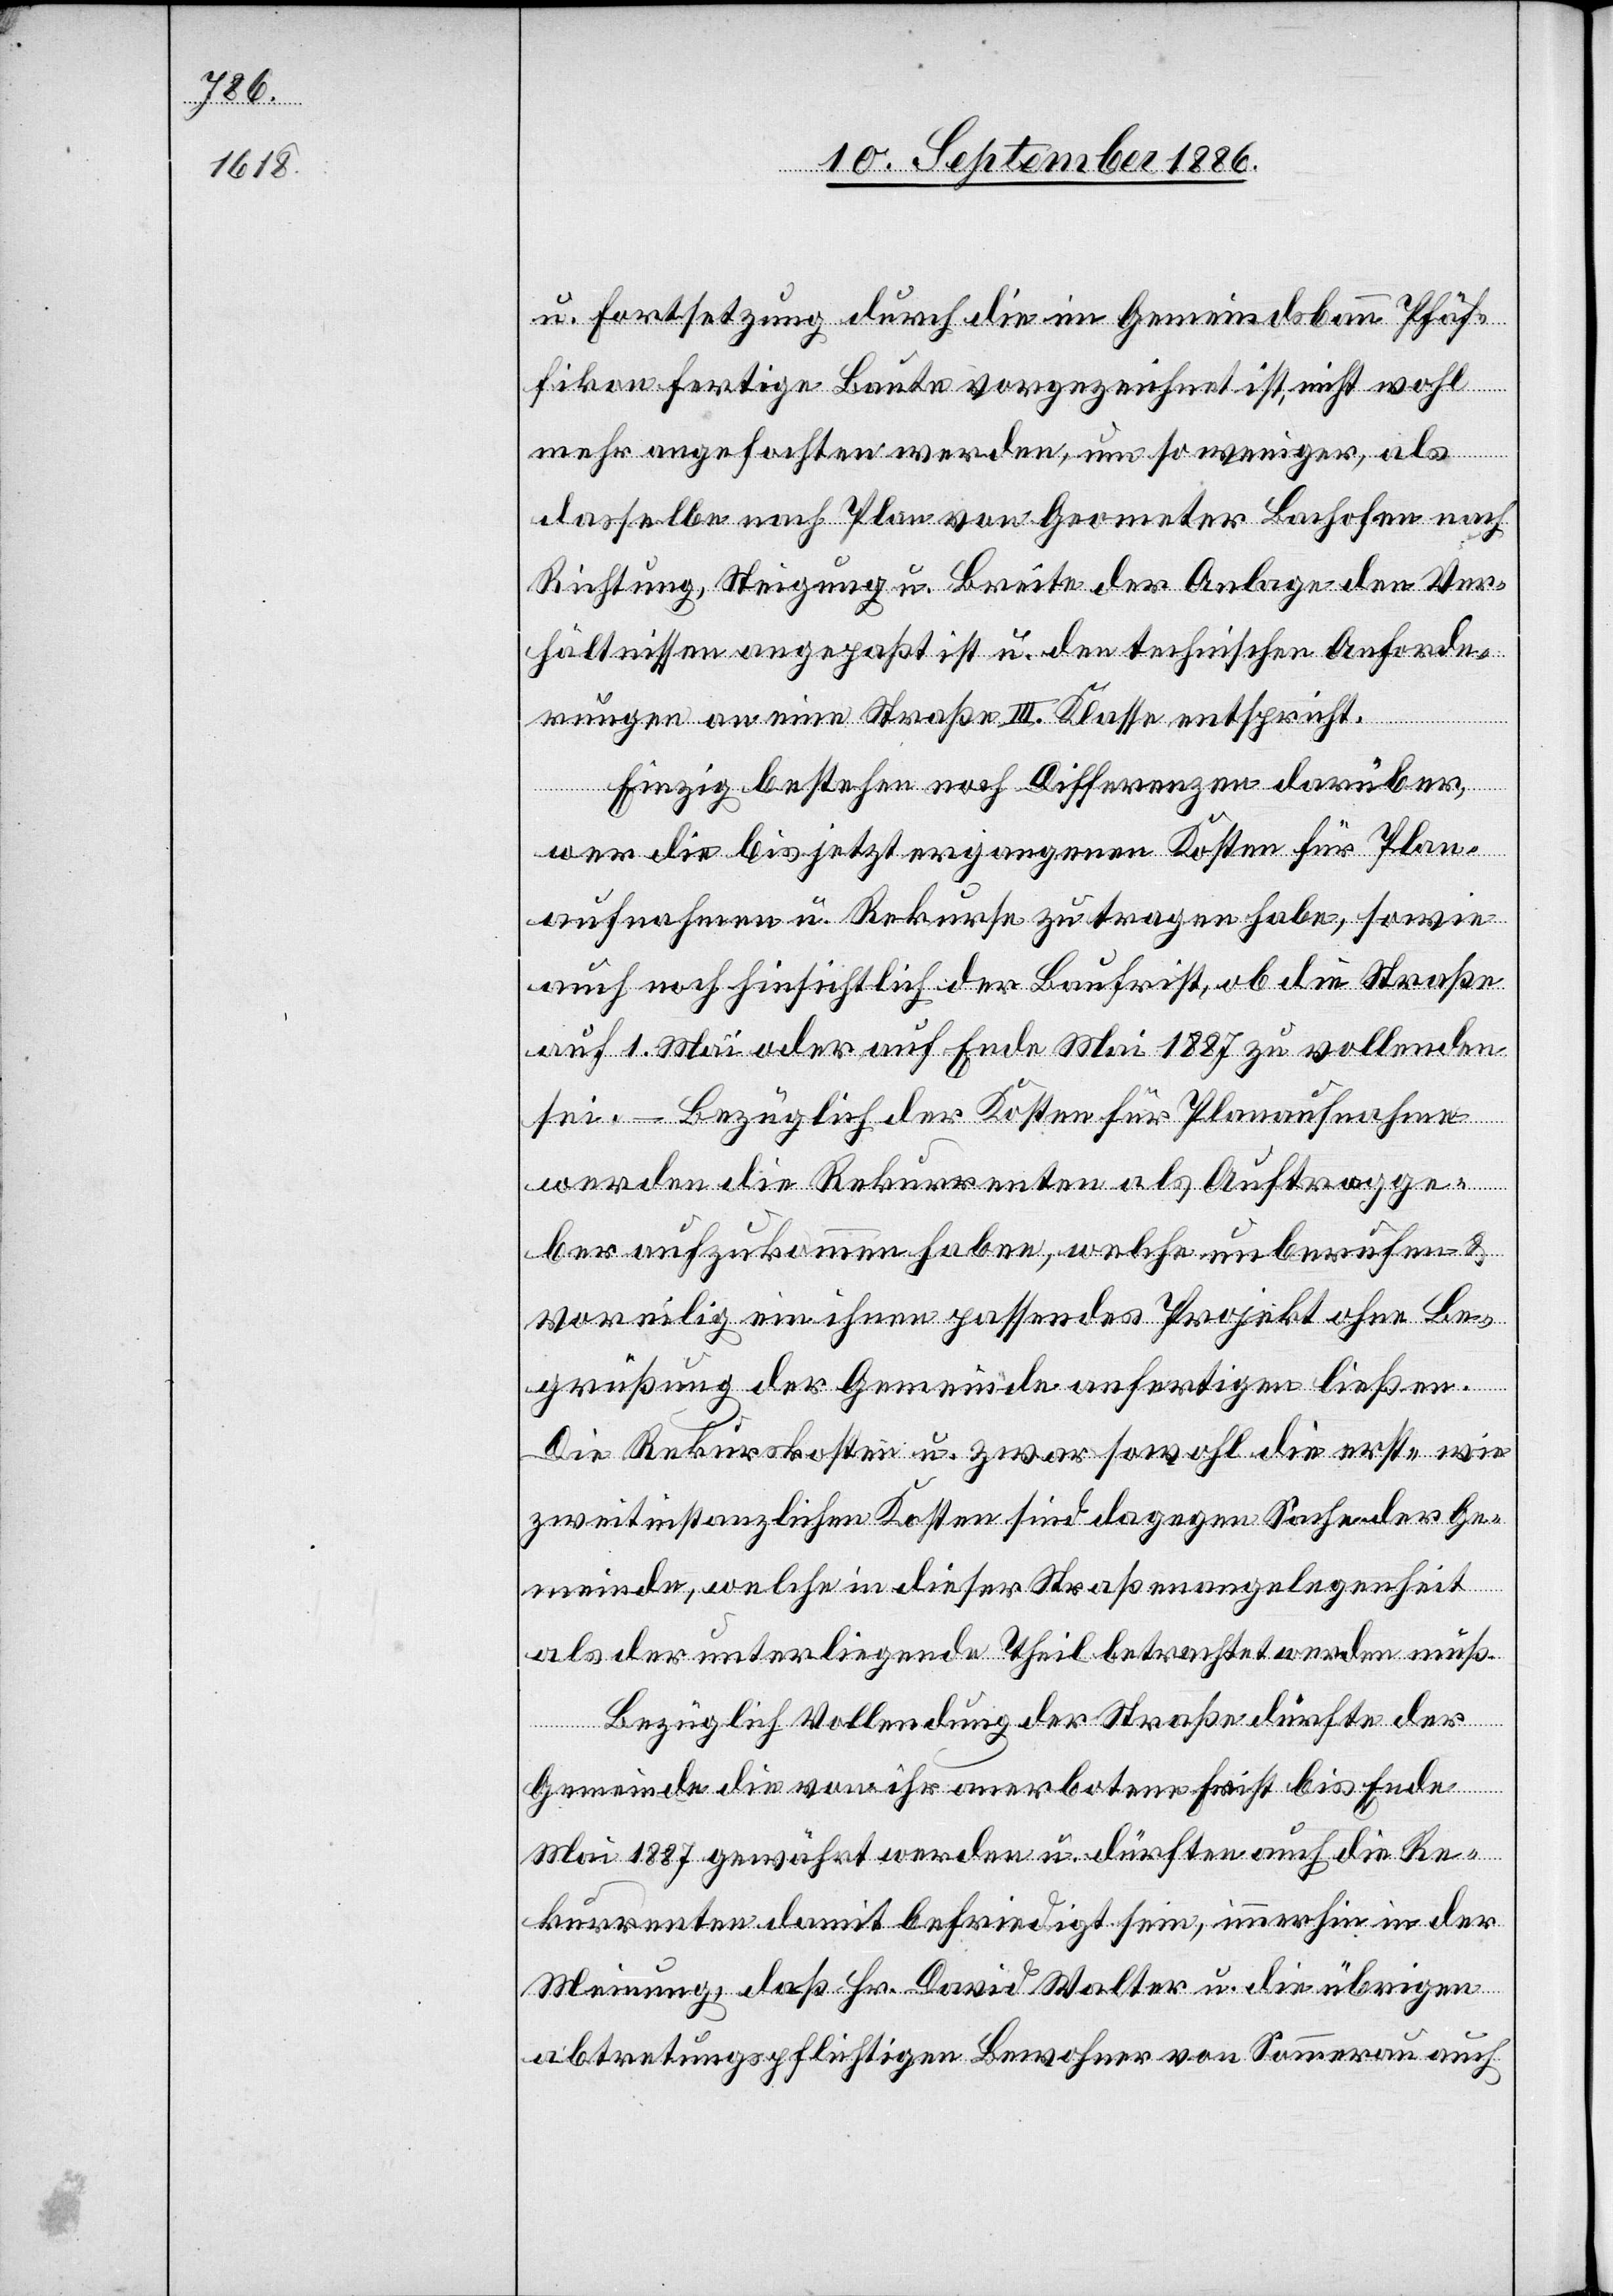
u. Fortsetzung durch die im Gemeindsbann Pfäf¬
fikon fertige Baute vorgezeichnet ist, nicht wohl
mehr angefochten werden, um so weniger, als
dasselbe nach Plan von Geometer Bachofen nach
Richtung, Steigung u. Breite der Anlage den Ver¬
hältnissen angepaßt ist u. den technischen Anforde¬
rungen an eine Straße III. Klasse entspricht.
Einzig bestehen noch Differenzen darüber,
wer die bis jetzt ergangenen Kosten für Plan¬
aufnahmen u. Rekurse zu tragen habe, sowie
auch noch hinsichtlich der Baufrist, ob die Straße
auf 1. Mai oder auf Ende Mai 1887 zu vollenden
sei. – Bezüglich der Kosten für Planfaufnahme
werden die Rekurrenten als Auftragge¬
ber aufzukommen haben, welche unberufen &
voreilig ein ihnen passendes Projekt ohne Be¬
grüßung der Gemeinde anfertigen ließen.
Die Rekurskosten u. zwar sowohl die erst- wie
zweitinstanzlichen Kosten sind dagegen Sache der Ge¬
meinde, welche in dieser Straßenangelegenheit
als der unterliegende Theil betrachtet werden muß.
Bezüglich Vollendung der Straße dürfte der
Gemeinde die von ihr anerbotene Frist bis Ende
Mai 1887 gewährt werden u. dürften auch die Re¬
kurrenten damit befriedigt sein, immerhin in der
Meinung, daß Hr. David Walter u. die übrigen
abtretungspflichtigen Bewohner von Sommerau auch